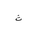
Letter: _tha